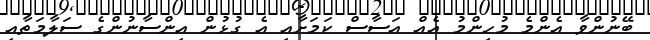
ބޭނުންވާ އެންމެ މުހިންމު އެއް އަސާސް ކަމަށާއި އެ ގުޅުން އިންސާނުންގެ ސަލާމަތާއި